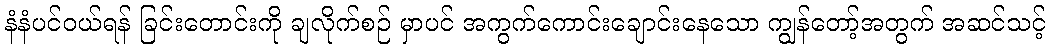
နံနံပင်ဝယ်ရန် ခြင်းတောင်းကို ချလိုက်စဉ် မှာပင် အကွက်ကောင်းချောင်းနေသော ကျွန်တော့်အတွက် အဆင်သင့်